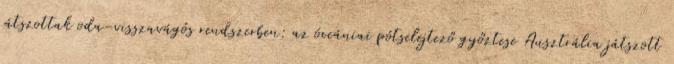
játszottak oda-visszavágós rendszerben: az óceániai pótselejtező győztese Ausztrália játszott